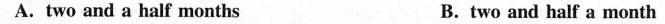
A. two and a half months B. two and half a month